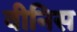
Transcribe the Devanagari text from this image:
वीनिस